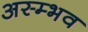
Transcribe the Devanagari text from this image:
अस्म्भव